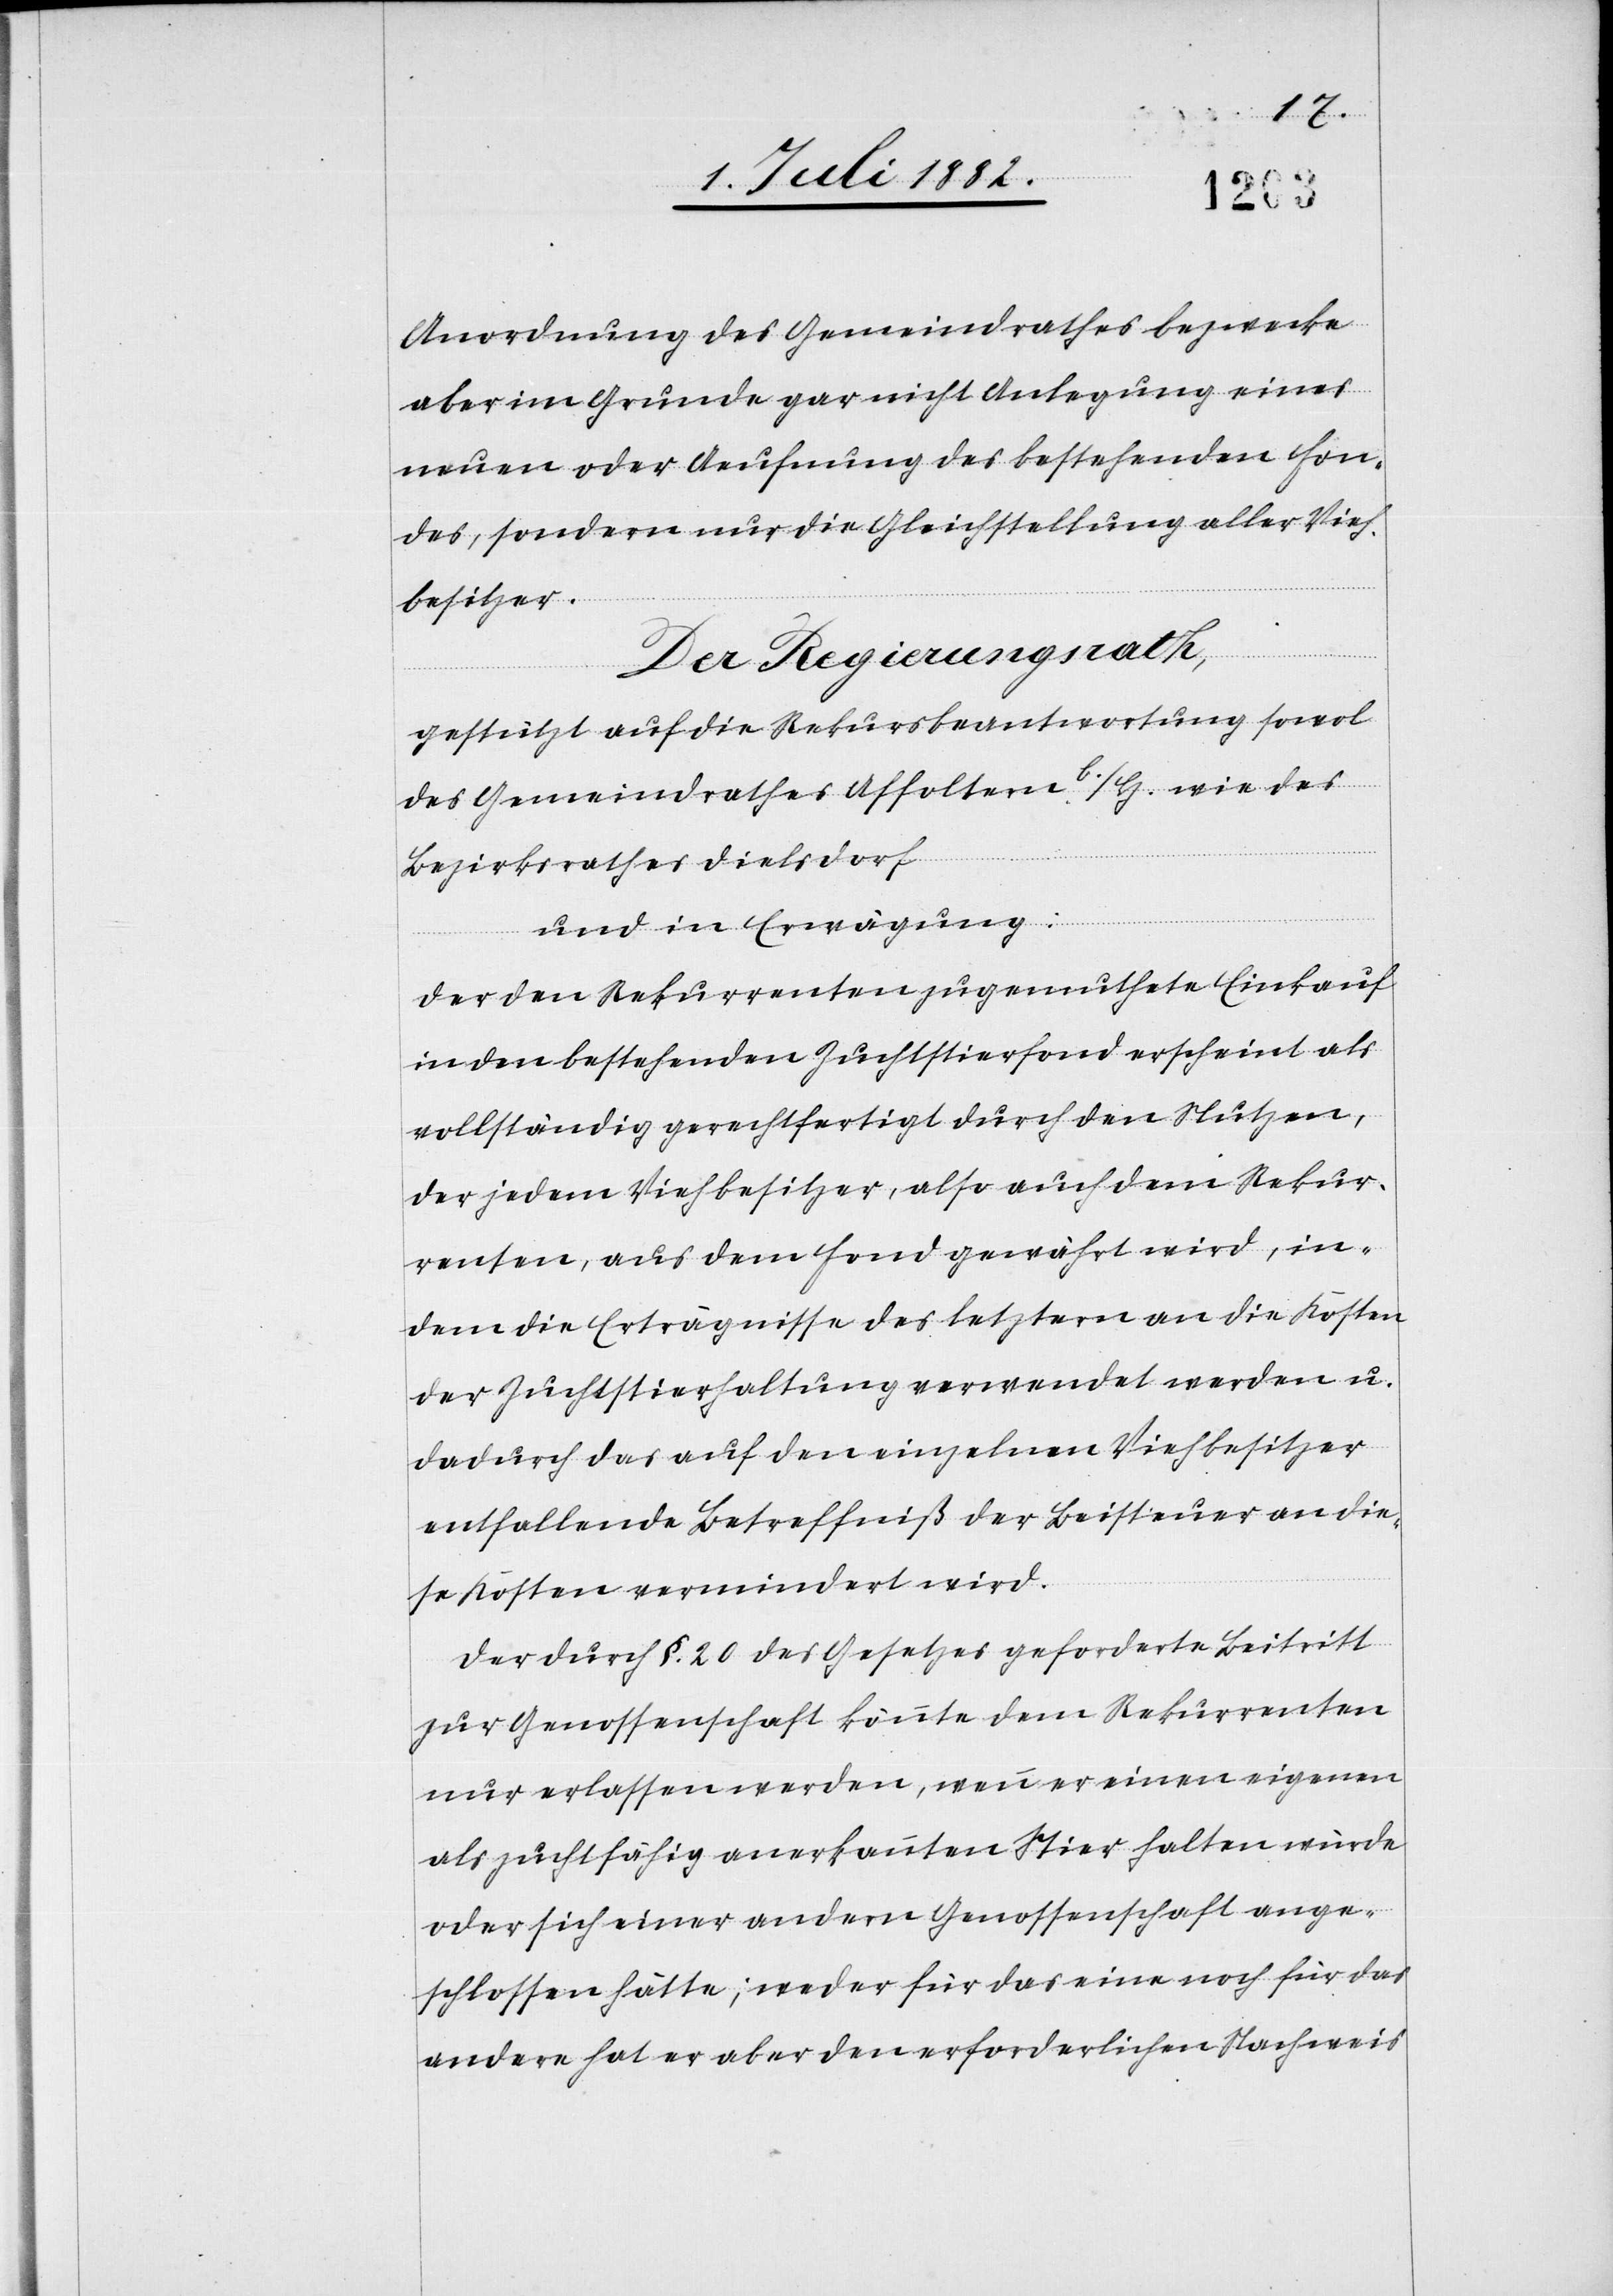
Anordnung des Gemeindrathes bezwecke
aber im Grunde gar nicht Anlegung eines
neuen oder Aeufnung des bestehenden Fon¬
des, sondern nur die Gleichstellung aller Vieh¬
besitzer.
Der Regierungsrath,
gestützt auf die Rekursbeantwortung sowol
des Gemeindrathes Affoltern b./H. wie des
Bezirksrathes Dielsdorf,
und in Erwägung:
den [sic!] Rekurrenten zugemuthete Einkauf
in den bestehenden Zuchtstierfond erscheint als
vollständig gerechtfertigt durch den Nutzen,
der jedem Viehbesitzer, als auch dem Rekur¬
renten, aus dem Fond gewährt wird, in¬
dem die Erträgnisse des letztern an die Kosten
der Zuchtstierhaltung verwendet werden u.
dadurch das auf den einzelnen Viehbesitzer
entfallende Betreffniß der Beisteuer an die¬
se Kosten vermindert wird.
Der durch §. 20 des Gesetzes geforderte Beitritt
zur Genossenschaft könnte dem Rekurrenten
nur erlassen werden, wenn er einen eigenen
als zuchtfähig anerkannten Stier halten würde
oder sich einer andern Genossenschaft ange¬
schlossen hätte; weder für das eine noch für das
andre hat er aber den erforderlichen Nachweis